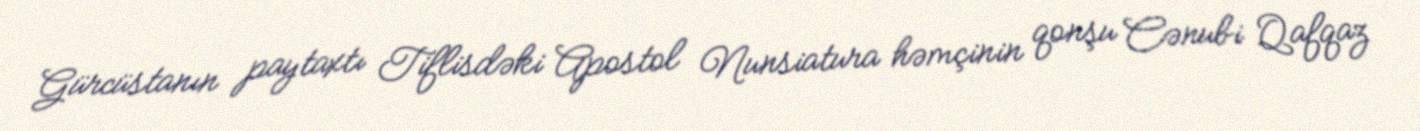
Gürcüstanın paytaxtı Tiflisdəki Apostol Nunsiatura həmçinin qonşu Cənubi Qafqaz